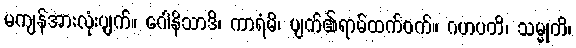
မကျန်အားလုံးပျက်။ ဂေါနိသာဒိ၊ ကာရံမိ၊ ပျက်၏ရာမ်ထက်ဝက်။ ဂဟပတိ၊ သမ္မုတိ၊